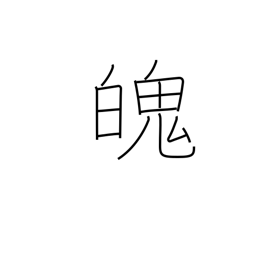
Meaning: soul